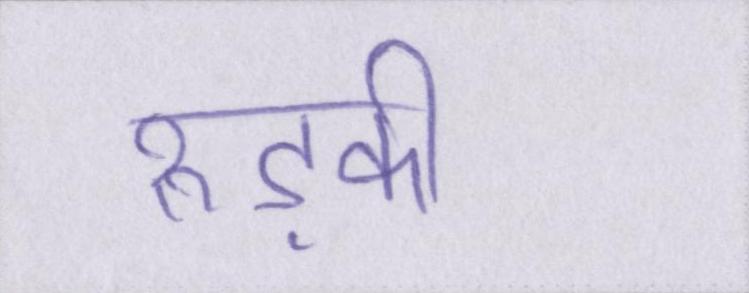
रुड़की